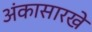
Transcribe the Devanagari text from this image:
अंकासारखे